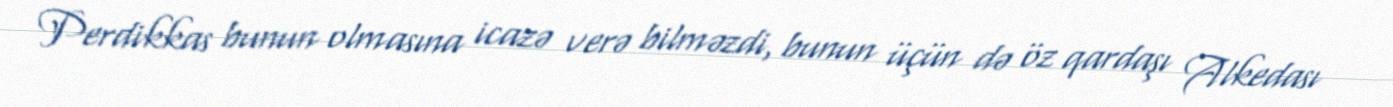
Perdikkas bunun olmasına icazə verə bilməzdi, bunun üçün də öz qardaşı Alkedası